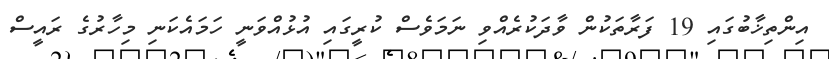
އިންތިޚާބުގައި 19 ފަރާތަކުން ވާދަކުރެއްވި ނަމަވެސް ކުރީގައި އުޅުއްވަނީ ހަމައެކަނި މިހާރުގެ ރައީސް